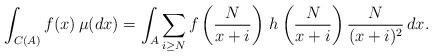
LaTeX: \begin{align*} \displaystyle\displaystyle \int_{C(A)} f(x) \,\mu(dx)= \int_{A} \sum_{i \geq N} f\left(\frac{N}{x+i}\right)\,h\left(\frac{N}{x+i}\right)\frac{N}{(x+i)^2} \,dx.\end{align*}